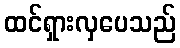
ထင်ရှားလှပေသည်